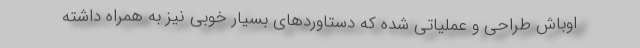
اوباش طراحی و عملیاتی شده که دستاوردهای بسیار خوبی نیز به همراه داشته